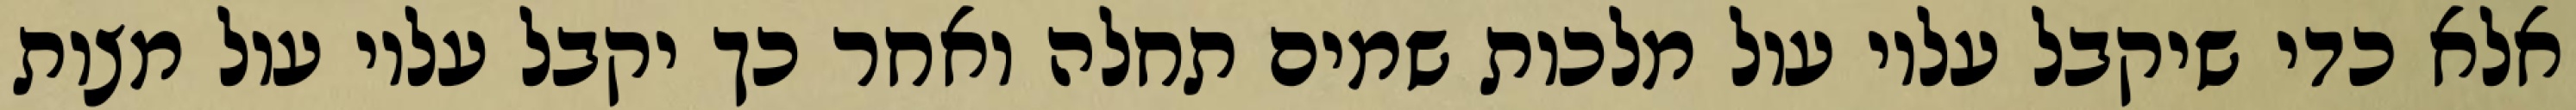
אלא כדי שיקבל עליו עול מלכות שמים תחלה ואחר כך יקבל עליו עול מצות